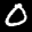
Label: 0